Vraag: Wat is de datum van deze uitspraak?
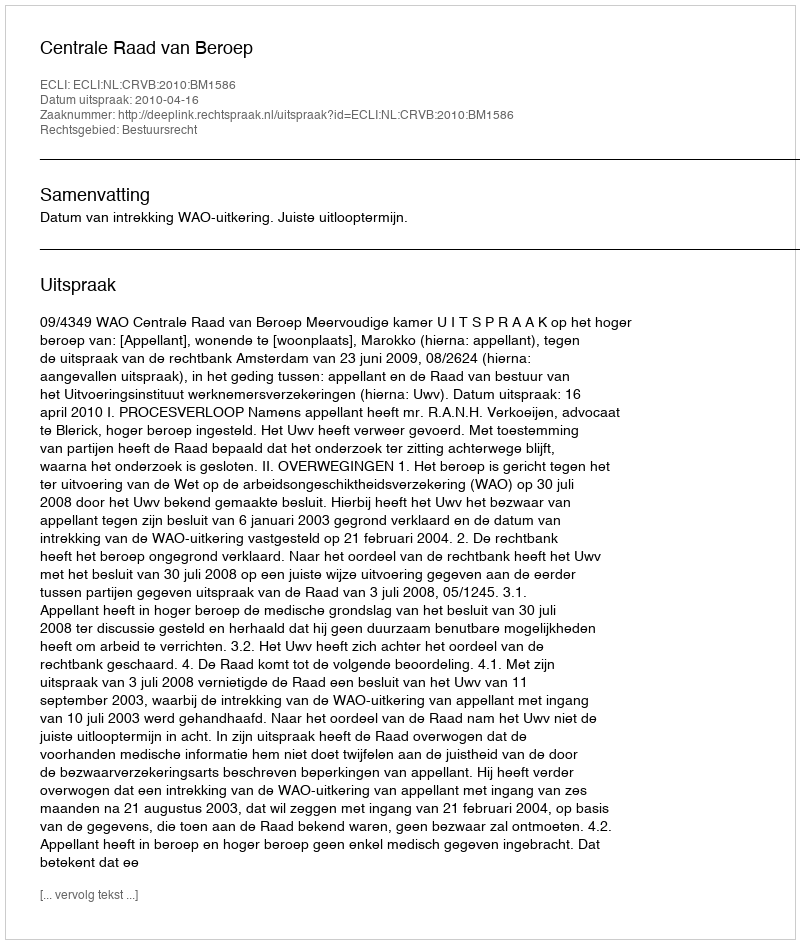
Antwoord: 2010-04-16